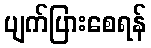
ပျက်ပြားစေရန်